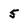
Character: 5